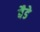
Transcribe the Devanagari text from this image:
बैडे